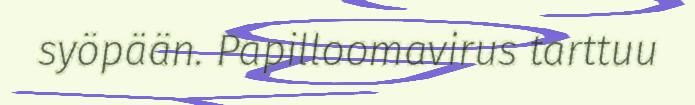
syöpään. Papilloomavirus tarttuu